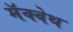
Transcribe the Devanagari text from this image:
मॅक्बेथ